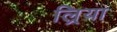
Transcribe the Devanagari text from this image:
ल्रिया